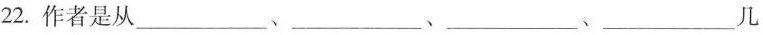
22.作者是从___、___、___、___几